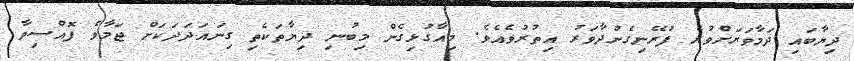
ދިޔާބައި ދަމާވަރަށްވުރެ ފުރޭނިގެންދާވަރު އިތުރުވެއެވެ. މިއާގުޅިގެން މިބުނި ދިޔާތަކެތި ގިނައަދަދަކަށް ޖަމާވެ ފޮއްސިވާ